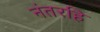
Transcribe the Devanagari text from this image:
नंतरहि